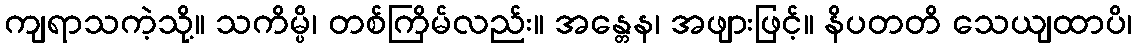
ကျရာသကဲ့သို့။ သကိမ္ပိ၊ တစ်ကြိမ်လည်း။ အန္တေန၊ အဖျားဖြင့်။ နိပတတိ သေယျထာပိ၊